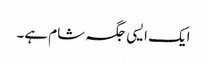
ایک ایسی جگہ شام ہے۔